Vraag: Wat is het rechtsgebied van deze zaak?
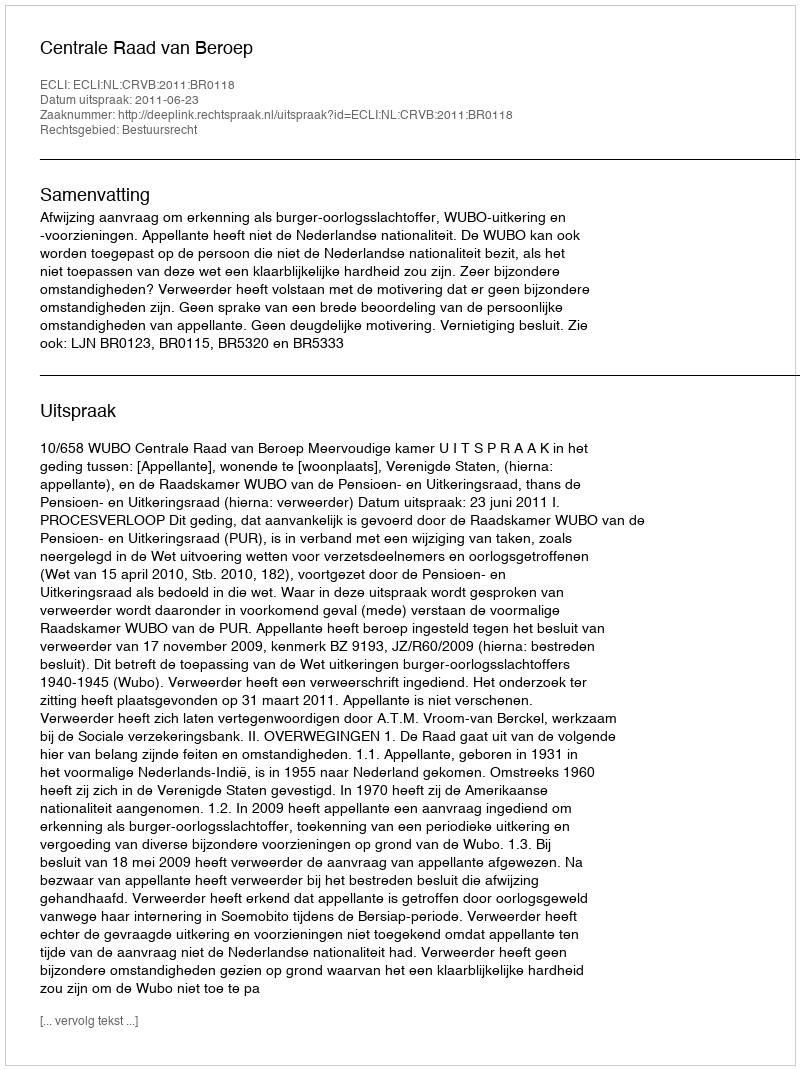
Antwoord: Bestuursrecht